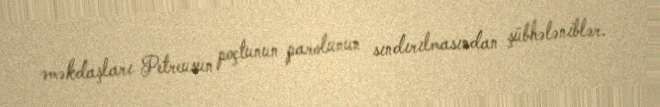
əməkdaşları Petreusun poçtunun parolunun sındırılmasından şübhələniblər.